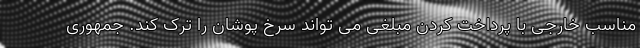
مناسب خارجی با پرداخت کردن مبلغی می تواند سرخ پوشان را ترک کند. جمهوری